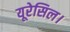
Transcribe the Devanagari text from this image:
यूरेसिल।